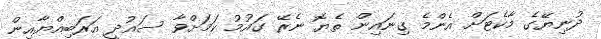
ދުނިޔޭގެ މާކެޓަށް އެންމެ ގިނައިން ތެޔޮ ނެރޭ ގައުމު ކަމަށްވާ ސައުދީ އަރަބިއްޔާއިން